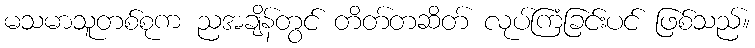
မသမာသူတစ်စုက ညအချိန်တွင် တိတ်တဆိတ် လုပ်ကြံခြင်းပင် ဖြစ်သည်။